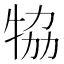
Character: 𤙒